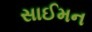
સાઈમન